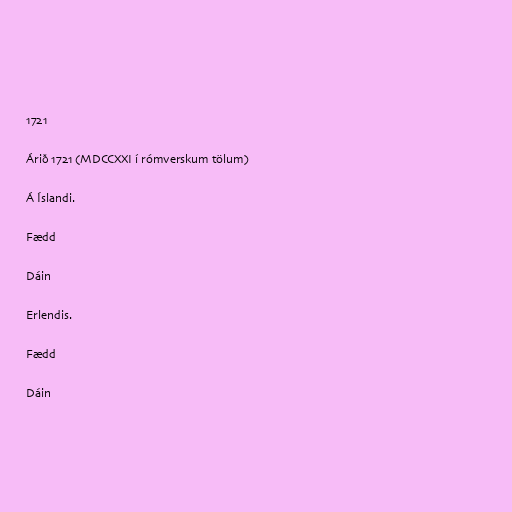
1721

Árið 1721 (MDCCXXI í rómverskum tölum)

Á Íslandi.

Fædd

Dáin

Erlendis.

Fædd

Dáin